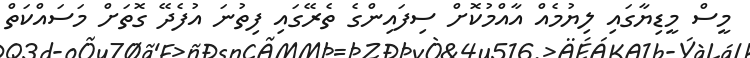
މީސް މީޑިޔާގައި ލިޔުމެއް އާއްމުކޮށް ސިފައިންގެ ތެރޭގައި ފިތުނަ އުފެދޭ ގޮތަށް މަސައްކަތް